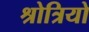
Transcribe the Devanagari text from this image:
श्रोत्रियो